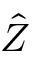
\hat { Z }